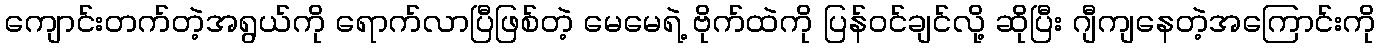
ကျောင်းတက်တဲ့အရွယ်ကို ရောက်လာပြီဖြစ်တဲ့ မေမေရဲ့ ဗိုက်ထဲကို ပြန်ဝင်ချင်လို့ ဆိုပြီး ဂျီကျနေတဲ့အကြောင်းကို